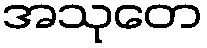
အသုတေ